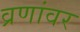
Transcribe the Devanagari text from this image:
व्रणांवर